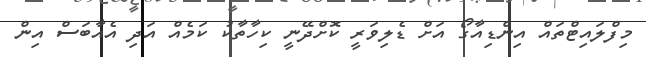
މިފްލައިޓްތައް އިންޑިއާގޯ އަށް ޑެލިވަރީ ކޮށްދޭނީ ކިހާތާކު ކަމެއް އަދި އެއާބަސް އިން